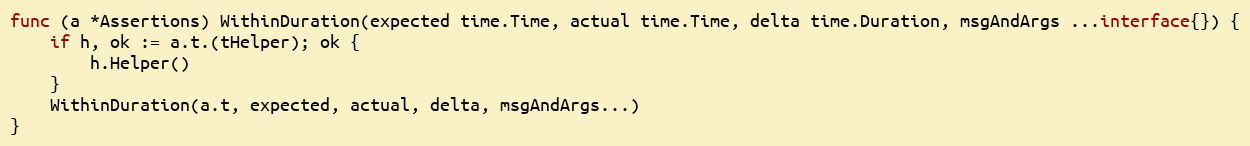
Language: Go
func (a *Assertions) WithinDuration(expected time.Time, actual time.Time, delta time.Duration, msgAndArgs ...interface{}) {
	if h, ok := a.t.(tHelper); ok {
		h.Helper()
	}
	WithinDuration(a.t, expected, actual, delta, msgAndArgs...)
}